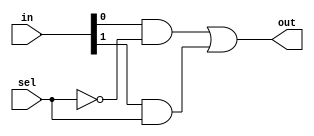

module Mux21 ( out , in , sel ) ;
  input [ 1 : 0 ] in ; // 2bit input
  input sel ;
  output out ;
  
  wire S1, S2, S3;  // delcaring the wires
  
  not not1(S1, sel);    // the S1 value is the not of the sel
  
  and and1(S2, in[0], S1); // S2 wire is th and with input 0 and S1
  and and2(S3, in[1], sel);  // the S3 wire is the and with input 1 and sel
  
  or or1(out, S2, S3);  // or with S2 and S3
 
endmodule